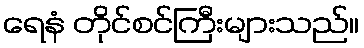
ရေနံ တိုင်စင်ကြီးများသည်။